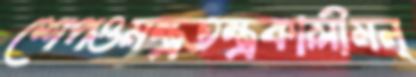
শেপওমন্ত্রতন্ত্রকালীমন্